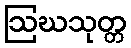
ဩဃသုတ္တ